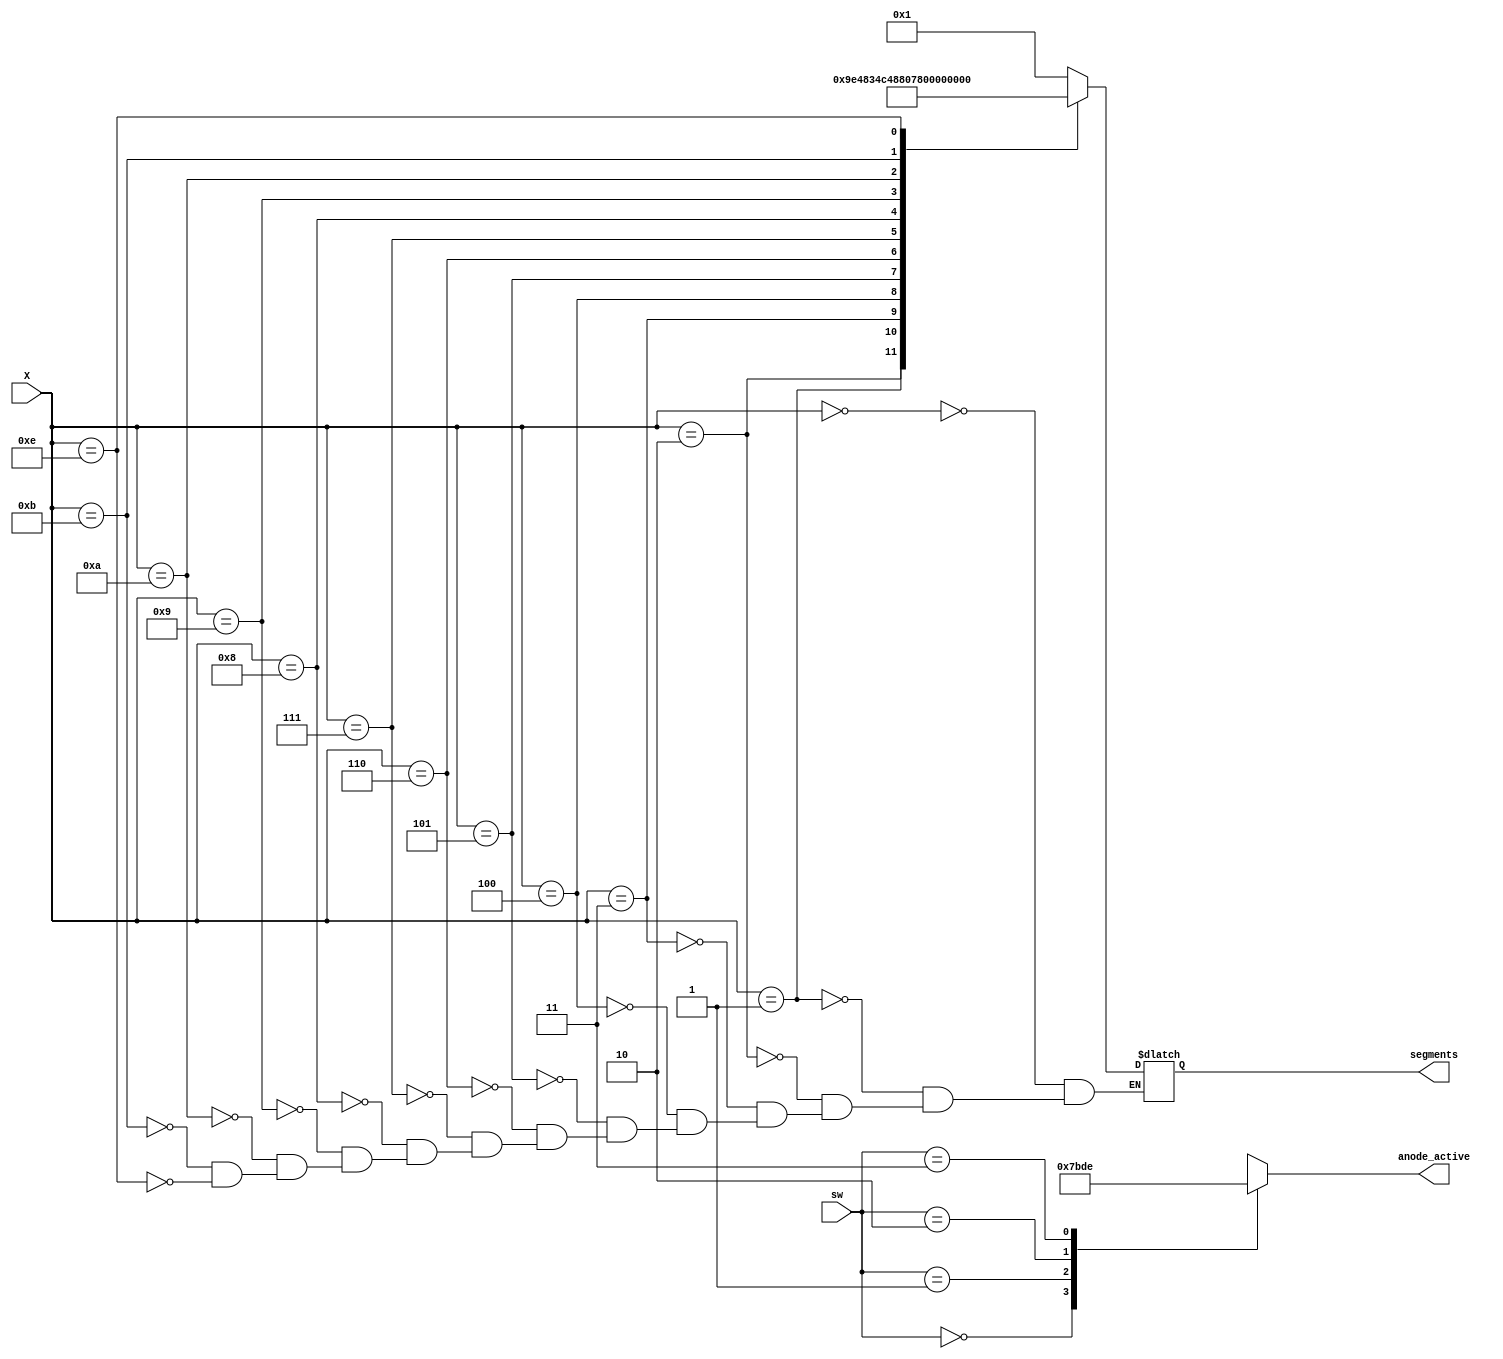
module SevenSegDecWithEn(
input [1:0] sw,
input [3:0] X,
output reg [0:6] segments,
output reg[3:0] anode_active);
always @(X) 
begin
 case(X)
0: segments = 7'b0000001;//0,O
1: segments = 7'b1001111;
2: segments = 7'b0010010;
3: segments = 7'b0000110;
4: segments = 7'b1001100;
5: segments = 7'b0100100;
6: segments = 7'b0100000;
7: segments = 7'b0001111;
8: segments = 7'b0000000;
9: segments = 7'b0000100;
10: segments = 7'b1111110;//-
11: segments = 7'b0111001;//r
14: segments = 7'b0110000;//E


/*10: segments = 7'b0001000;
11: segments = 7'b1100000;
12: segments = 7'b0110001;
13: segments = 7'b1000010;
14: segments = 7'b0110000;
15: segments = 7'b0111000;*/
endcase
case(sw)
0:anode_active=4'b0111;
1:anode_active=4'b1011;
2:anode_active=4'b1101;
3:anode_active=4'b1110;
endcase
end
endmodule